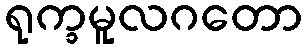
ရုက္ခမူလဂတော